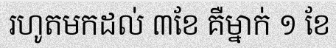
រហូតមកដល់ ៣ខែ គឺម្នាក់ ១ ខែ